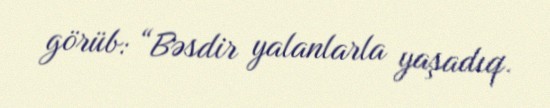
görüb: “Bəsdir yalanlarla yaşadıq.